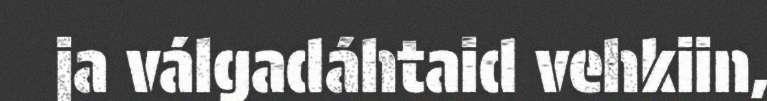
ja válgadáhtaid vehkiin,